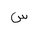
Letter: _sin